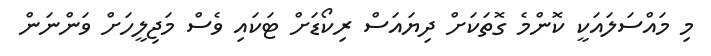
މި މައްސަލައަކީ ކޮންމެ ގޮތަކަށް ދިޔައަސް ރިކޯޑަށް ޓަކައި ވެސް މަޖިލީހަށް ވަންނަން